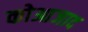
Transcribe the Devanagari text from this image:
कोआजाद